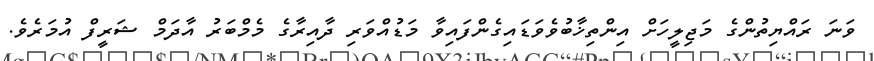
ވަނަ ރައްޔިތުންގެ މަޖިލީހަށް އިންތިޚާބުވެވަޑައިގެންފައިވާ މަޑުއްވަރި ދާއިރާގެ މެމްބަރު އާދަމް ޝަރީފް އުމަރެވެ.